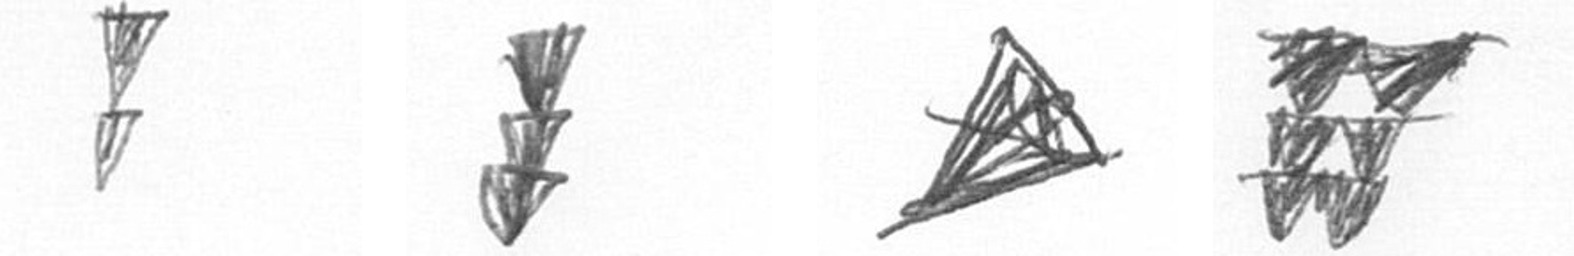
Z E O Y